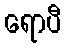
ရောပီ